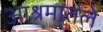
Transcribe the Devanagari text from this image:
आश्रमातले